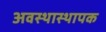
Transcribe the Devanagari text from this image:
अवस्थास्थापक